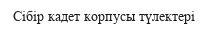
Сібір кадет корпусы түлектері